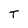
Character: T